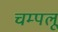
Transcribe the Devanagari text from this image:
चम्पलू